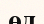
өд